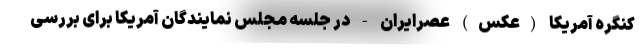
کنگره آمریکا (عکس) عصرایران - در جلسه مجلس نمایندگان آمریکا برای بررسی